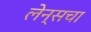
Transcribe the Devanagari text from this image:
लेन्सचा